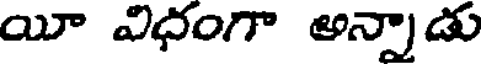
యీ విధంగా అన్నాడు